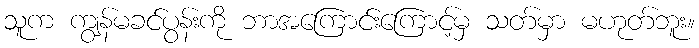
သူက ကျွန်မခင်ပွန်းကို ဘာအကြောင်းကြောင့်မှ သတ်မှာ မဟုတ်ဘူး။